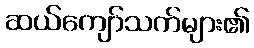
ဆယ်ကျော်သက်များ၏